NAE_ERA_R-1665_Eesti_Kunstnike_Liit, lk 6
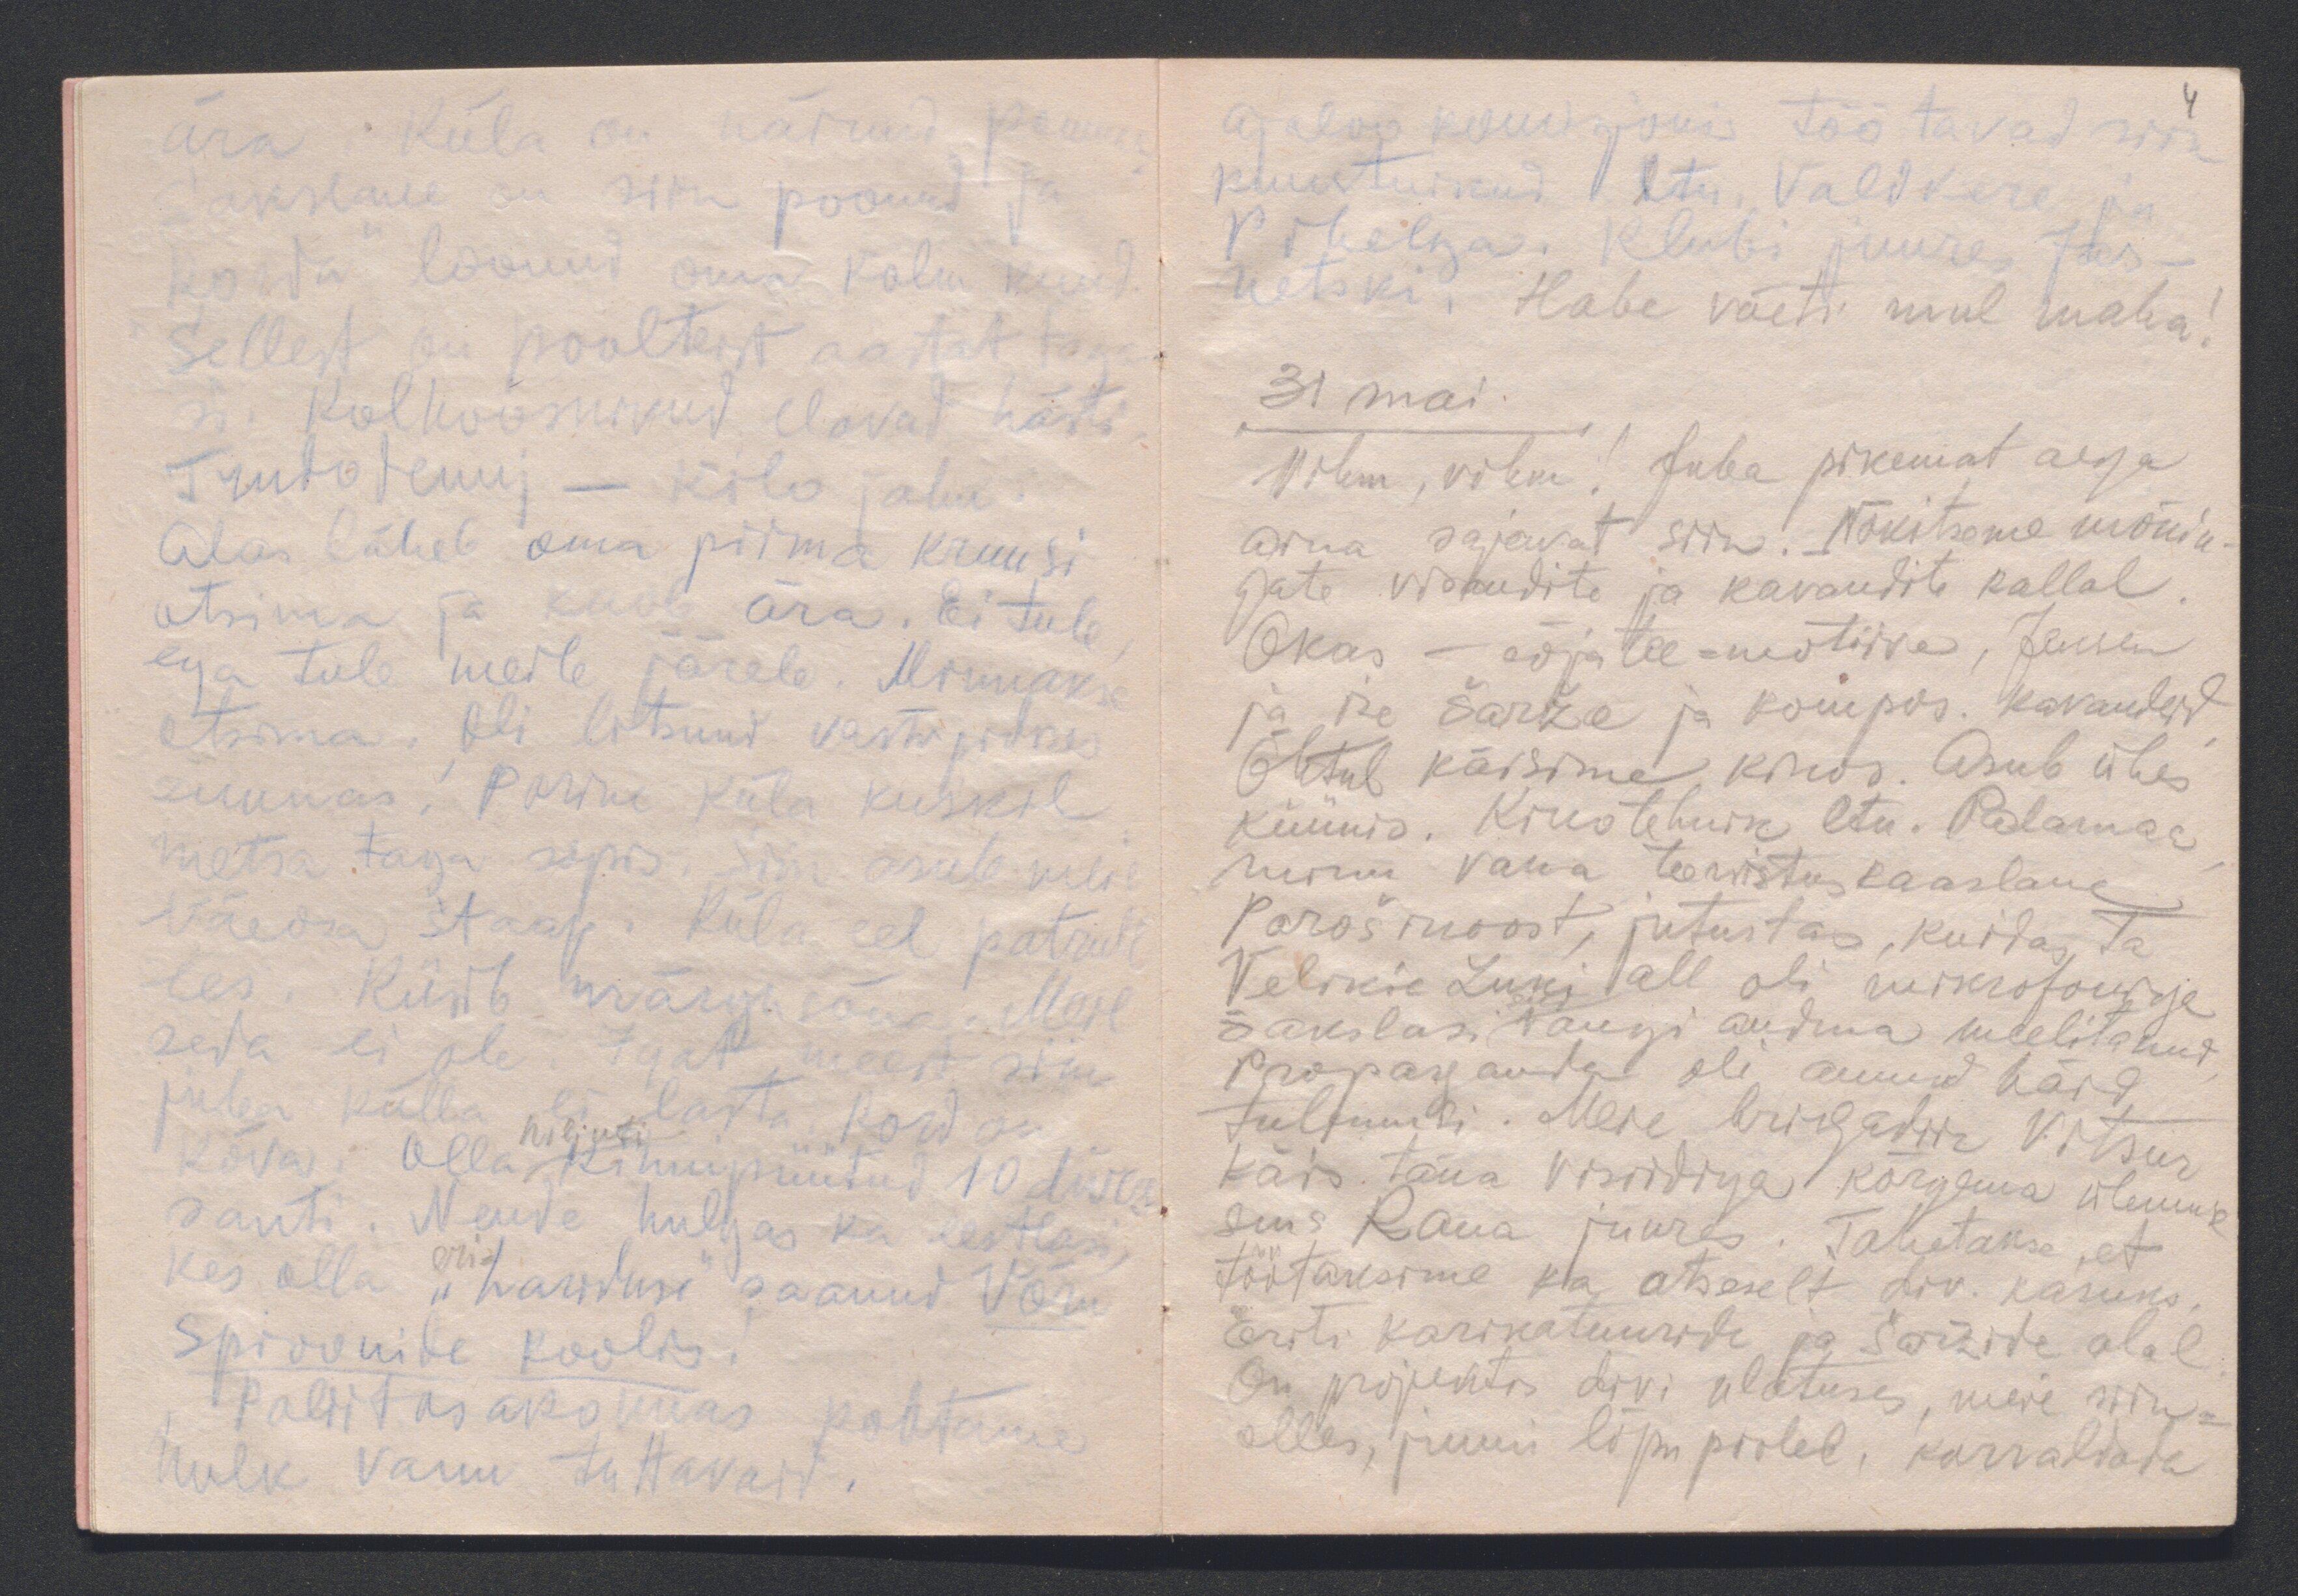
ära. Küla on näinud pomme.
Sakslane on siin poonud ja
"korda" loonud oma kolm kuud.
Sellest on poolteist aastat taga-
si. Kolhoosnikud elavad hästi.
Trudodennj - kilo jahu.
Alas läheb oma piima kruusi
otsima ja kaob ära. Ei tule
ega tule meile järele. Minnakse
otsima. Oli litsund vastupidises
suunas. Porine küla kuskil
metsa taga sopis. Siin asub meie
väeosa staap. Küla eel patrull
ees. Küsib märgu sõna. Meil
seda ei ole. Igat meest siin
juba külla ei lasta, kord on
hiljuti
kõva. Olla kinnipüütud 10 diver
santi. Nende hulgas ka eestlasi,
eri
kes olla "hariduse" saanud Võru
Spioonide koolis.
Poliitosakonnas kohtame
hulk vanu tuttavaid.

4
ajaloo komisjonis töötavad siin
kunstnikud ltn. Valdvere ja
Pihelga. Klubi juure Jas-
netski. Habe võeti mul maha!
31 mai.
Vihm, vihm! Juba pikemat aega
aina sajavat siin. Nokitseme mõnin-
gate visandite ja kavandite kallal.
Okas - sõjatee-motiive, Jensen
ja ise šarže ja kompos. kavandeid.
Õhtul käisime kinos. Asub ühes
küünis. Kinotehnik ltn. Palamaa,
minu vana teenistuskaaslane
Porošinoost, jutustas, kuidas ta
Velikie Luki all oli mikrofoniga
siis
sakslasi vangi andma meelitanud,
Propaganda oli annud häid
tulemusi. Meie brigadiir Vitsur
käis täna visiidiga kõrgema ülemuse
sms Raua juures. Tahetakse, et
töötaksime ka otseselt div. kasuks.
Eriti karikatuuride ja šaržide alal.
On projektis divi ulatuses, meie siin-
olles, juuni lõpu poolel, korraldada